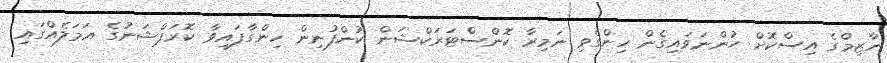
ނާޒިމްގެ އިސްކޮށް ހުންނަވައިގެން ހިންގެވި ނަމިރާ ކޮންސްޓަރަކްޝަން ކުންފުނިން ހިންގާފައިވާ ކޮރަޕްޝަނުގެ އަމަލެއްގައި